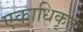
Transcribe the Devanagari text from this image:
एकाधिकृत